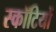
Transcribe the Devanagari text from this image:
स्कॉटियों